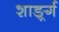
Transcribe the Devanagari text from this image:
शार्ङ्र्ग